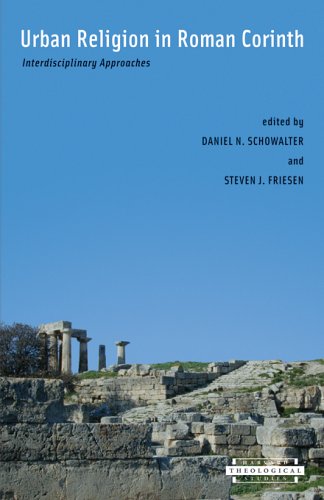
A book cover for Urban Religion in Roman Corinth: Interdisciplinary Approaches (Harvard Theological Studies); History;